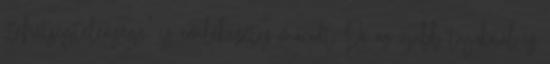
„tehetségtelensége” is emlékezetes maradt. De az újabb tagoknál is